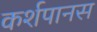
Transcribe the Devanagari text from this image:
कर्शपानस